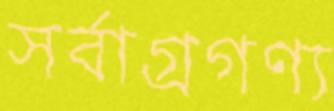
সর্বাগ্রগণ্য